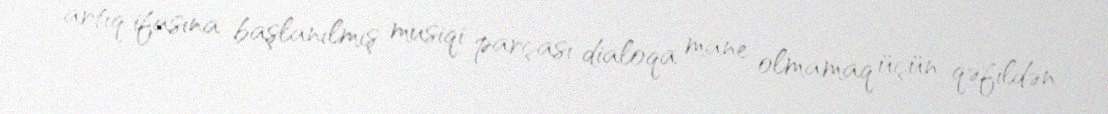
artıq ifasına başlanılmış musiqi parçası dialoqa mane olmamaq üçün qəfildən